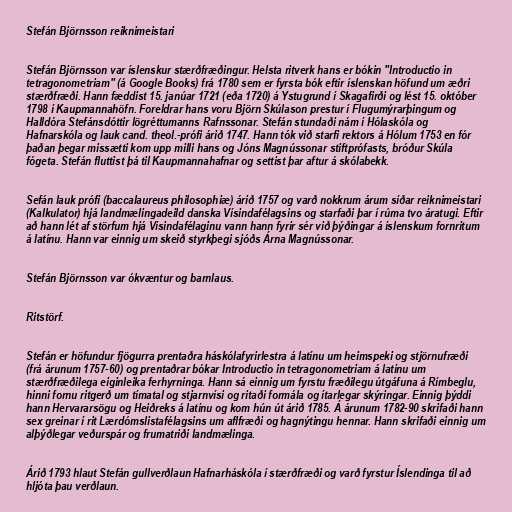
Stefán Björnsson reiknimeistari

Stefán Björnsson var íslenskur stærðfræðingur. Helsta ritverk hans er bókin "Introductio in
tetragonometriam" (á Google Books) frá 1780 sem er fyrsta bók eftir íslenskan höfund um æðri
stærðfræði. Hann fæddist 15. janúar 1721 (eða 1720) á Ystugrund í Skagafirði og lést 15. október
1798 í Kaupmannahöfn. Foreldrar hans voru Björn Skúlason prestur í Flugumýrarþingum og
Halldóra Stefánsdóttir lögréttumanns Rafnssonar. Stefán stundaði nám í Hólaskóla og
Hafnarskóla og lauk cand. theol.-prófi árið 1747. Hann tók við starfi rektors á Hólum 1753 en fór
þaðan þegar missætti kom upp milli hans og Jóns Magnússonar stiftprófasts, bróður Skúla
fógeta. Stefán fluttist þá til Kaupmannahafnar og settist þar aftur á skólabekk.

Sefán lauk prófi (baccalaureus philosophiæ) árið 1757 og varð nokkrum árum síðar reiknimeistari
(Kalkulator) hjá landmælingadeild danska Vísindafélagsins og starfaði þar í rúma tvo áratugi. Eftir
að hann lét af störfum hjá Vísindafélaginu vann hann fyrir sér við þýðingar á íslenskum fornritum
á latínu. Hann var einnig um skeið styrkþegi sjóðs Árna Magnússonar.

Stefán Björnsson var ókvæntur og barnlaus.

Ritstörf.

Stefán er höfundur fjögurra prentaðra háskólafyrirlestra á latínu um heimspeki og stjörnufræði
(frá árunum 1757-­60) og prentaðrar bókar Introductio in tetragonometriam á latínu um
stærðfræðilega eiginleika ferhyrninga. Hann sá einnig um fyrstu fræðilegu útgáfuna á Rímbeglu,
hinni fornu ritgerð um tímatal og stjarnvísi og ritaði formála og ítarlegar skýringar. Einnig þýddi
hann Hervararsögu og Heiðreks á latínu og kom hún út árið 1785. Á árunum 1782-­90 skrifaði hann
sex greinar í rit Lærdómslistafélagsins um aflfræði og hagnýtingu hennar. Hann skrifaði einnig um
alþýðlegar veðurspár og frumatriði landmælinga.

Árið 1793 hlaut Stefán gullverðlaun Hafnarháskóla í stærðfræði og varð fyrstur Íslendinga til að
hljóta þau verðlaun.